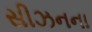
સીઝનના